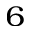
_ { 6 }